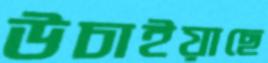
উচাইয়াছে